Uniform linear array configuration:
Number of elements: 12
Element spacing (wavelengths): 1
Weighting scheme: blackman
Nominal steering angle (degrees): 30
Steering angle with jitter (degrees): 29.619
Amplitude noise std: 0.05
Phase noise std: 0.05

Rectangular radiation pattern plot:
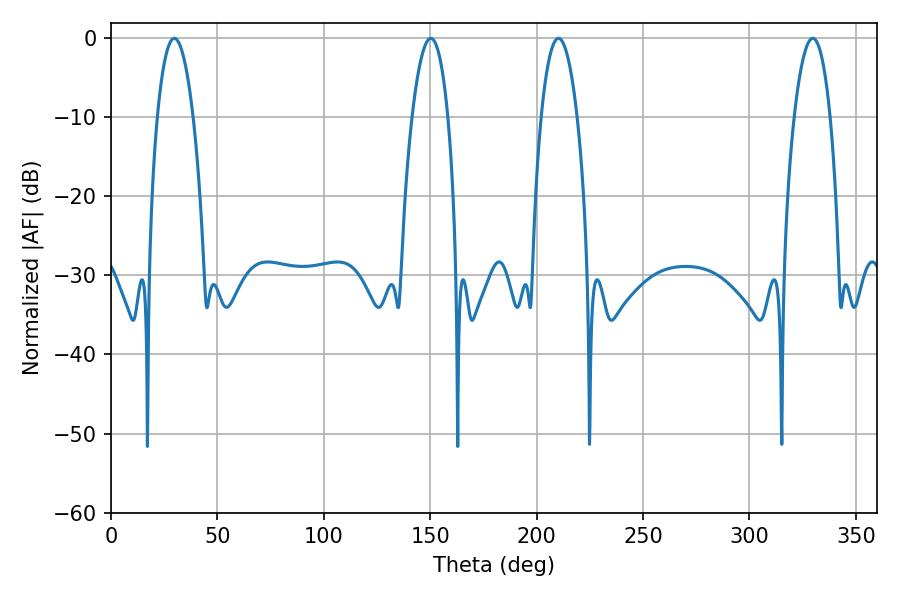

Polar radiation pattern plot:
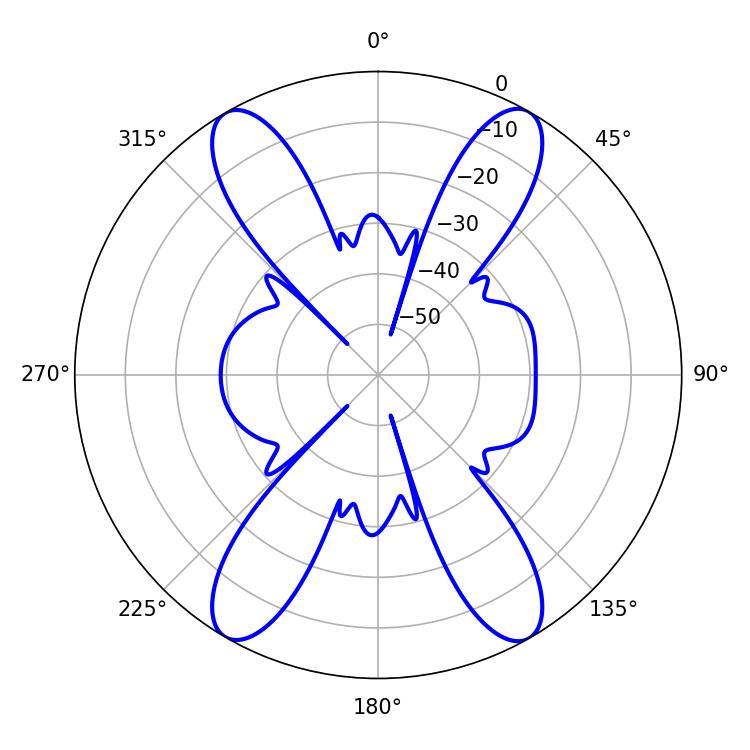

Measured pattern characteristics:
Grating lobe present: TRUE
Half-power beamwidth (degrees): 9.36
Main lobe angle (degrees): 329.76